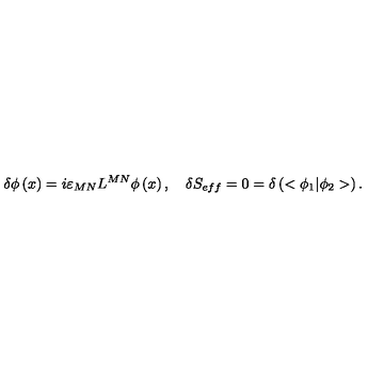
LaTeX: \delta \phi \left( x \right) = i \varepsilon _ { M N } L ^ { M N } \phi \left( x \right) , \quad \delta S _ { e f f } = 0 = \delta \left( < \phi _ { 1 } | \phi _ { 2 } > \right) .